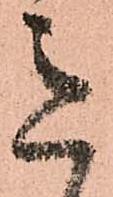
意